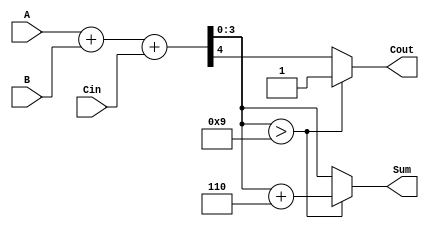
module BCD_Adder (
    input  wire [3:0] A,     // First BCD digit
    input  wire [3:0] B,     // Second BCD digit
    input  wire Cin,         // Carry input
    output reg  [3:0] Sum,   // BCD result
    output reg  Cout         // Carry output
);

    wire [4:0] S;           // 5-bit sum to accommodate carry
    wire [4:0] corrected_sum; // Corrected sum if needed

    // Step 1: Binary addition of A, B, and Cin
    assign S = A + B + Cin;

    // Step 2: Check if correction is needed (S[3:0] > 9)
    assign corrected_sum = S + 5'b00110; // Add 6 (0110 in binary)

    always @(*) begin
        if (S[3:0] > 4'b1001) begin
            Sum = corrected_sum[3:0]; // Use corrected sum
            Cout = 1'b1;               // Set carry out
        end else begin
            Sum = S[3:0];              // No correction needed
            Cout = S[4];               // Carry out from the addition
        end
    end

endmodule